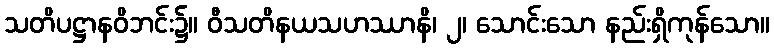
သတိပဋ္ဌာနဝိဘင်း၌။ ဝီသတိနယသဟဿာနိ၊ ၂၊ သောင်းသော နည်းရှိကုန်သော။